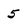
Character: 5